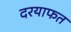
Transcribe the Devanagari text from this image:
दरयाफत